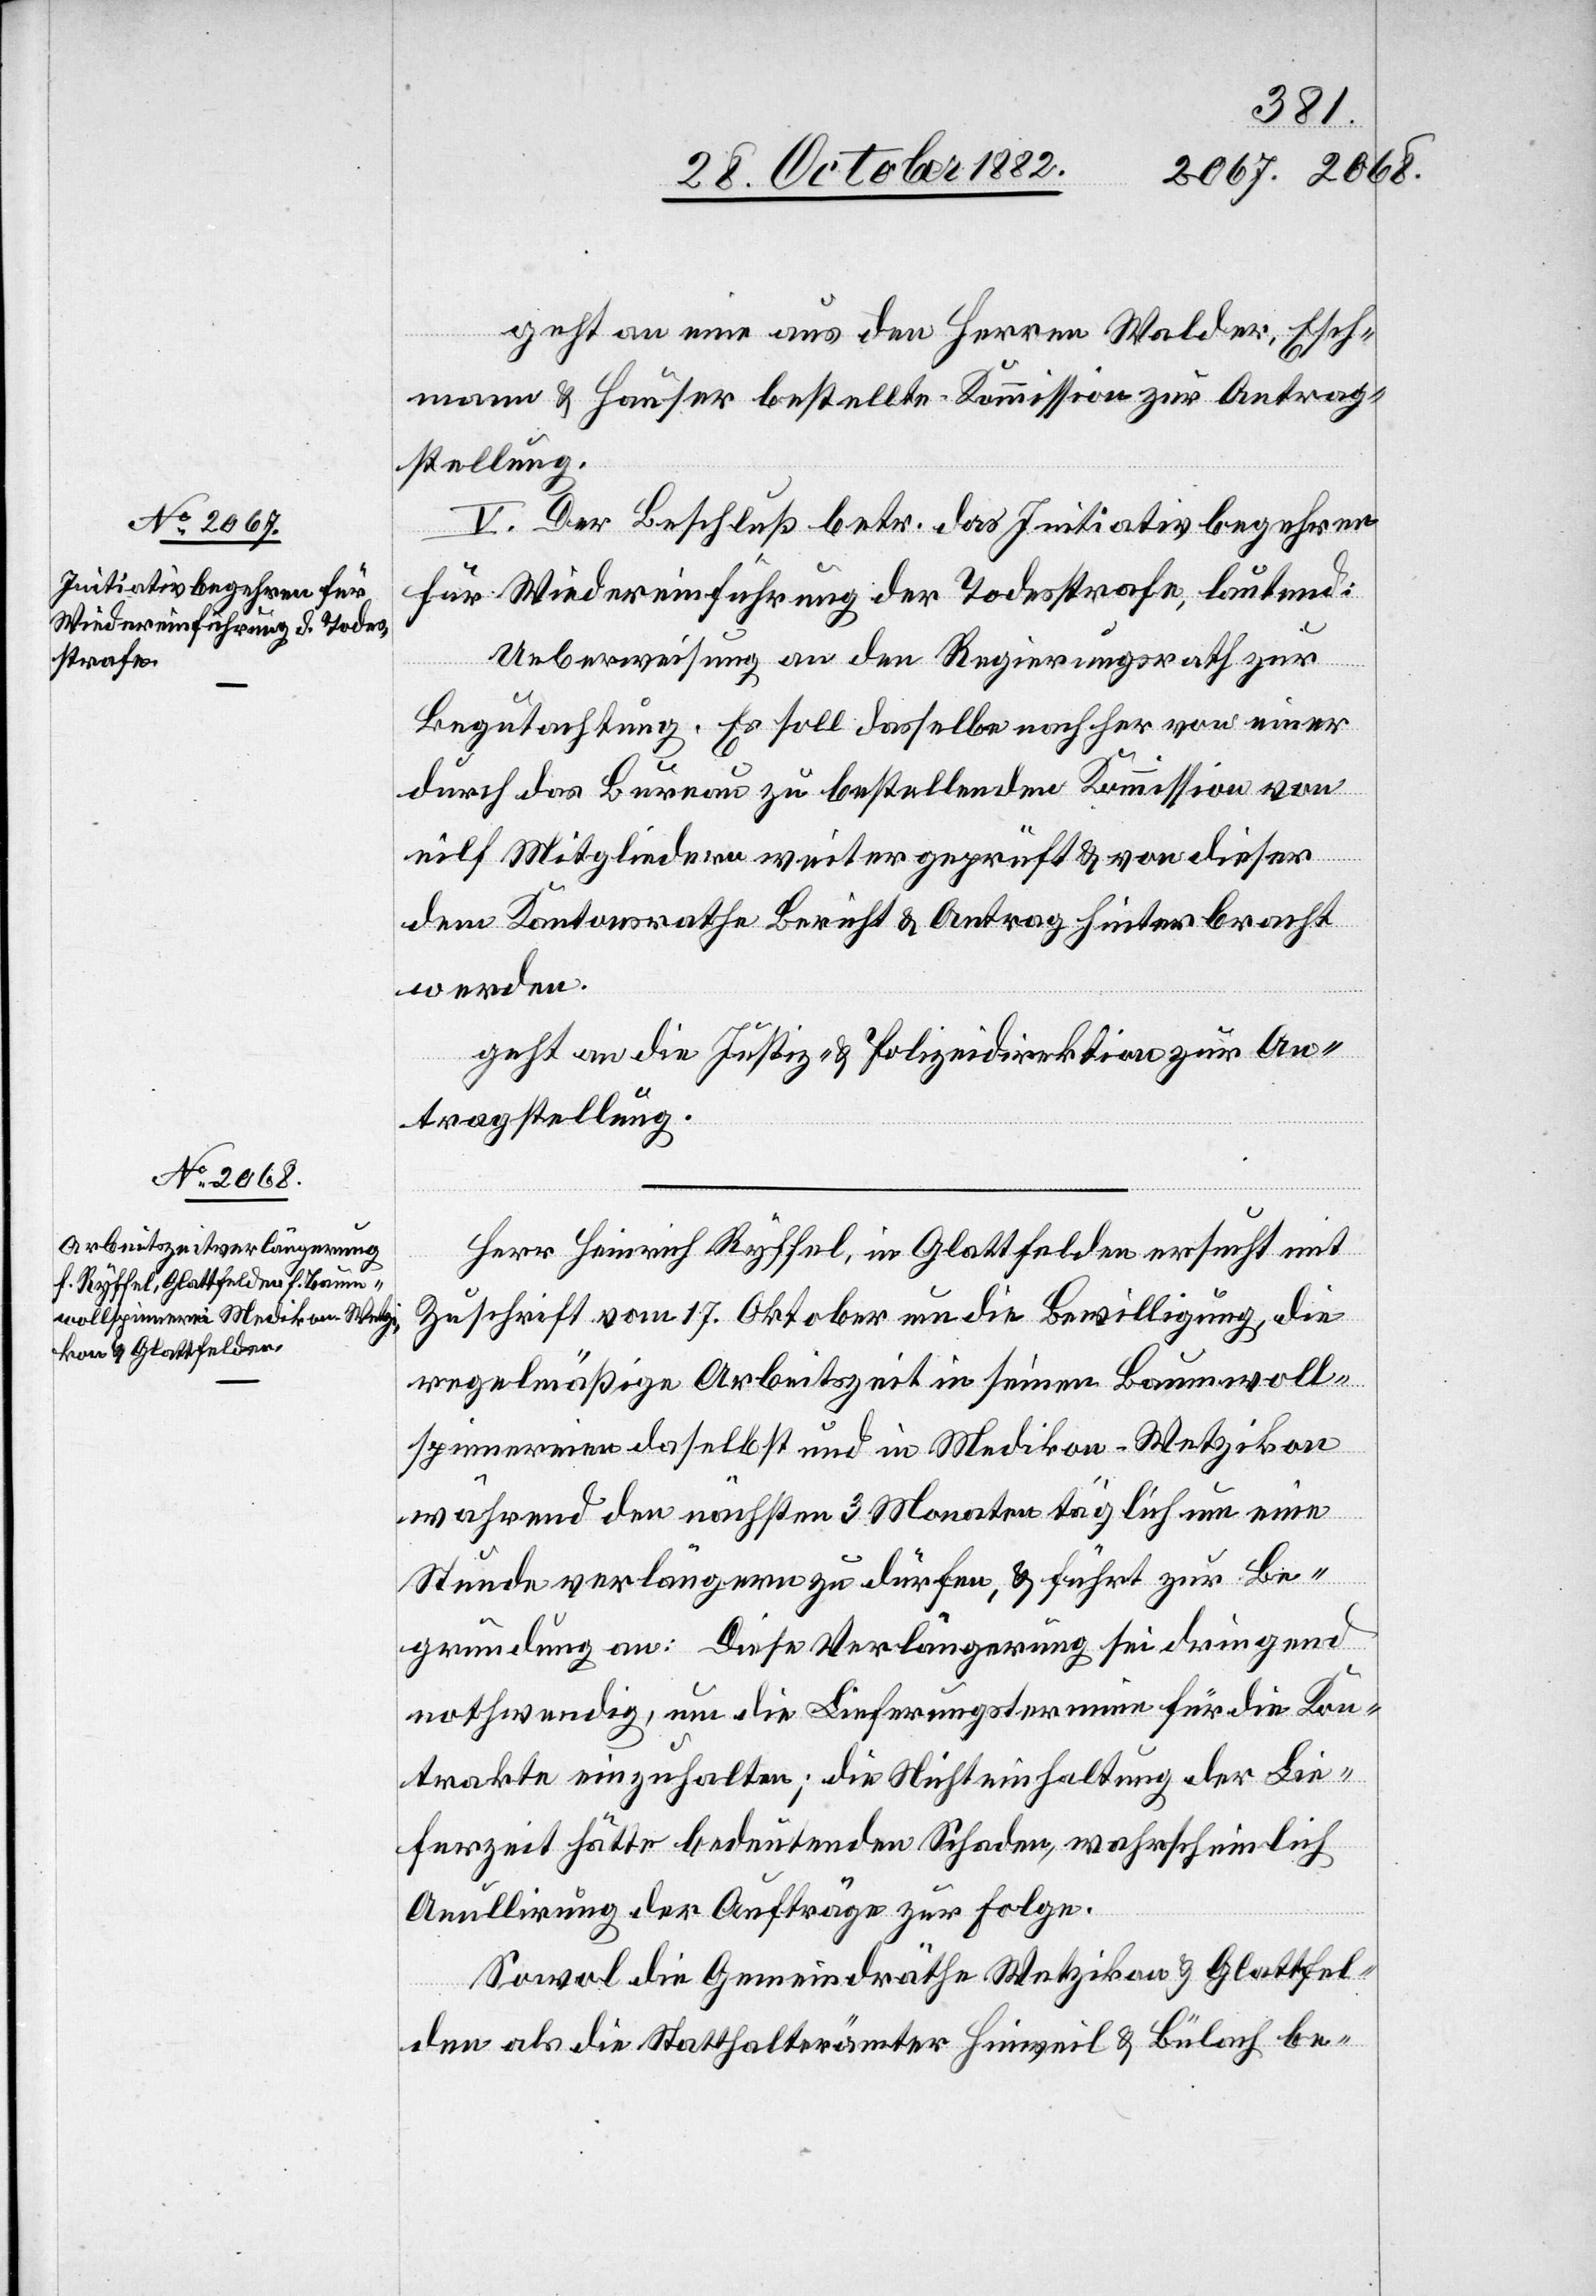
geht an eine aus den Herren Walder, Esch¬
mann & Hauser bestellte Kommission zur Antrag¬
stellung.
V. Der Beschluß betr. das Initiativbegehren
für Wiedereinführung der Todesstrafe, lautend:
Ueberweisung an den Regierungsrath zur
Begutachtung. Es soll dasselbe nachher von einer
durch das Bureau zu bestellenden Kommission von
elf Mitgliedern weitergeprüft & von dieser
dem Kantonsrathe Bericht & Antrag hinterbracht
werden.
geht an die Justiz- & Polizeidirektion zur An¬
tragstellung.
Herr Heinrich Ryffel, in Glattfelden ersucht mit
Zuschrift vom 17. Oktober um die Bewilligung, die
regelmäßige Arbeitszeit in seinen Baumwoll¬
spinnereien daselbst und in Medikon - Wetzikon
während den nächsten 3 Monaten täglich um eine
Stunde verlängern zu dürfen, & führt zur Be¬
gründung an: Diese Verlängerung sei dringend
nothwendig, um die Lieferungstermine für die Kon¬
trakte einzuhalten; die Nichteinhaltung der Lie¬
ferzeit hätte bedeutenden Schaden, wahrscheinlich
Anullirung der Aufträge zur Folge.
Sowol die Gemeindräthe Wetzikon & Glattfel¬
den als die Statthalterämter Hinweil & Bülach be-